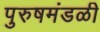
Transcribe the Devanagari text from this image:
पुरुषमंडळी